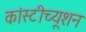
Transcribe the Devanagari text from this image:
कांस्टीच्यूशन